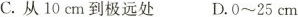
C.从10cm到极远处 D.0~25cm